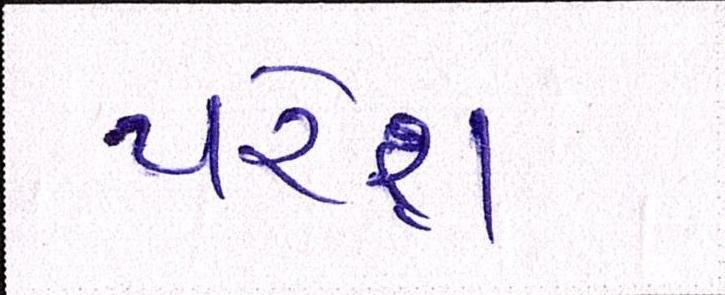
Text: પરેશ